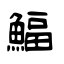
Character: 鰏